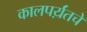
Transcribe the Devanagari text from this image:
कालपर्य़ंतचे